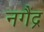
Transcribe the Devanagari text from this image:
नगैंद्र